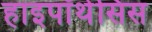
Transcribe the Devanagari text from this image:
हाइपॉथेसिस